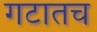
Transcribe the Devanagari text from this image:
गटातच